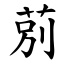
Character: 莂